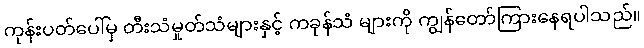
ကုန်းပတ်ပေါ်မှ တီးသံမှုတ်သံများနှင့် ကခုန်သံ များကို ကျွန်တော်ကြားနေရပါသည်။